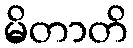
မိတာတိ